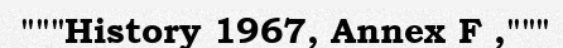
"""History 1967, Annex F ,"""